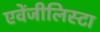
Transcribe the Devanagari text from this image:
एवेंजीलिस्टा